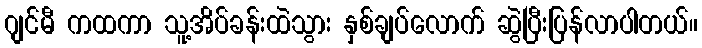
ဂျင်မီ ကထကာ သူ့အိပ်ခန်းထဲသွား နှစ်ချပ်လောက် ဆွဲပြီးပြန်လာပါတယ်။